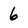
Character: 6